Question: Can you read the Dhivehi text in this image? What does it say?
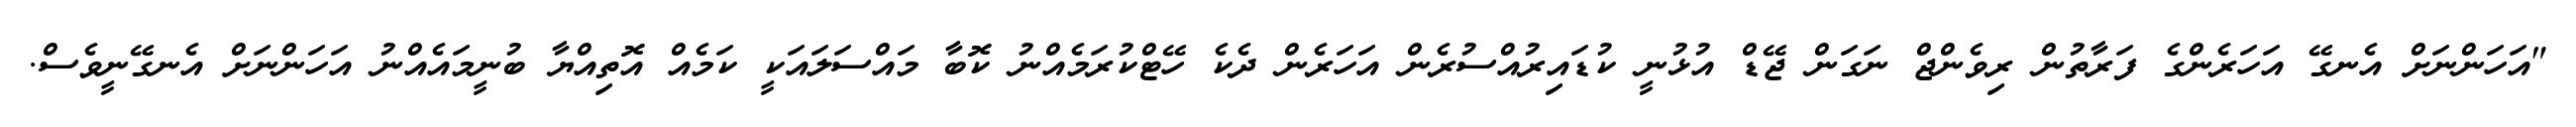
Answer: "އަހަންނަށް އެނގޭ އަހަރެންގެ ފަރާތުން ރިވެންޖް ނަގަން ޖޭޑް އުޅުނީ ކުޑައިރުއްސުރެން އަހަރެން ދެކެ ހޭޓްކުރަމެއްނު ކޮބާ މައްސަލައަކީ ކަމެއް އޮތިއްޔާ ބުނީމައެއްނު އަހަންނަށް އެނގޭނީވެސް.